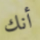
أنك